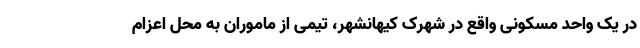
در یک واحد مسکونی واقع در شهرک کیهانشهر، تیمی از ماموران به محل اعزام